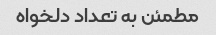
مطمئن به تعداد دلخواه